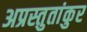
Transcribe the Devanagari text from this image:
अप्रस्तुतांकुर